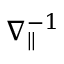
\nabla _ { \parallel } ^ { - 1 }